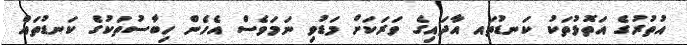
އުތުރުގެ އަތޮޅުތަކު ކަނޑުތައ އާދައިގެ ވަރަކަށް މަޑުވި ނަމަވެސް އެހެން ހިބާސުތަކުގެ ކަނޑުތައް